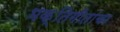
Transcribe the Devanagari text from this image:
भक्तिगीतांचा